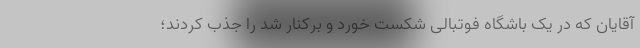
آقایان که در یک باشگاه فوتبالی شکست خورد و برکنار شد را جذب کردند؛